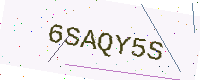
Text: 6SAQY5S